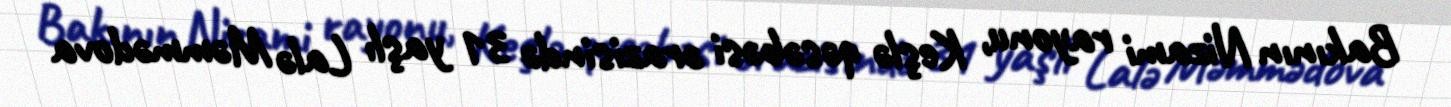
Bakının Nizami rayonu, Keşlə qəsəbəsi ərazisində 31 yaşlı Lalə Məmmədova